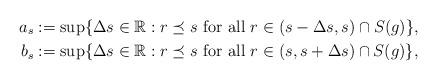
LaTeX: \begin{align*}a_s&:=\sup \{\Delta s\in \mathbb{R}: r\preceq s~\mbox{for all}~ r\in (s-\Delta s,s)\cap S(g) \},\\b_s&:= \sup \{\Delta s\in \mathbb{R}: r\preceq s~\mbox{for all}~ r\in(s,s+\Delta s)\cap S(g) \},\end{align*}